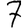
Digit: 7